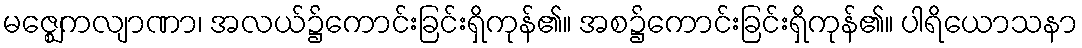
မဇ္ဈေကလျာဏာ၊ အလယ်၌ကောင်းခြင်းရှိကုန်၏။ အစ၌ကောင်းခြင်းရှိကုန်၏။ ပါရိယောသနာ